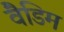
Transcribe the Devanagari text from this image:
वैडिम